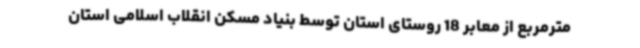
مترمربع از معابر 18 روستای استان توسط بنیاد مسکن انقلاب اسلامی استان